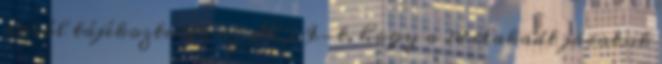
arról tájékoztatta az MTI-t, hogy a 28 elakadt járatuk